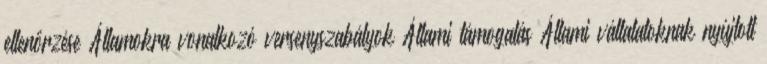
ellenőrzése Államokra vonatkozó versenyszabályok Állami támogatás Állami vállalatoknak nyújtott